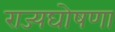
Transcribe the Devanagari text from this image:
राज्यघोषणा